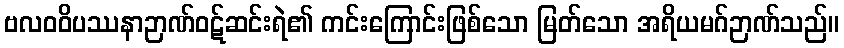
ဗလဝဝိပဿနာဉာဏ်ဝဋ်ဆင်းရဲ၏ ကင်းကြောင်းဖြစ်သော မြတ်သော အရိယမဂ်ဉာဏ်သည်။